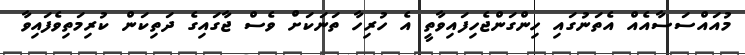
މުއައްސަސާއެއް އެތަނުގައި ހިންގަންޖެހިފައިވާތީ އެ ހުރިހާ ތަނަކަށް ވެސް ޖާގައިގެ ދަތިކަން ކުރިމަތިވެފައިވާ